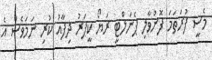
މެސީ ފުރަތަމަ ފޮނުވާލި ޕެނަލްޓީ ރަޔޯ ކީޕަރު ދިފާއު ކުރި ނަމަވެސް އެ